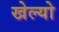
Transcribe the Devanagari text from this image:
खेल्यो